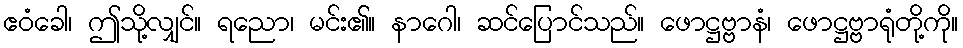
ဧဝံခေါ၊ ဤသို့လျှင်။ ရညော၊ မင်း၏။ နာဂေါ၊ ဆင်ပြောင်သည်။ ဖောဋ္ဌဗ္ဗာနံ၊ ဖောဋ္ဌဗ္ဗာရုံတို့ကို။